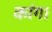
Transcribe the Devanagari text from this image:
कांग।